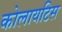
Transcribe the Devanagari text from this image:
कोलायटिस